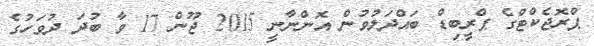
ޕްރޮޖެކްޓްގެ ޕްރީބިޑް ބައްދަލުވުން އޮންނާނީ 2015 ޖޫން 17 ވާ ބުދަ ދުވަހުގެ